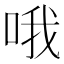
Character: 哦